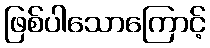
ဖြစ်ပါသောကြောင့်